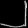
Digit: ၂